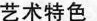
艺术特色